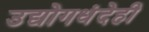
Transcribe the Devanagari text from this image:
उद्योगधंदेही